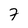
Character: 7